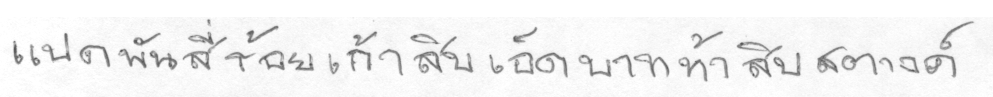
แปดพันสี่ร้อยเก้าสิบเอ็ดบาทห้าสิบสตางค์